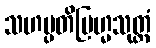
သဟမ္ပတိဗြဟ္မသုတ္တံ